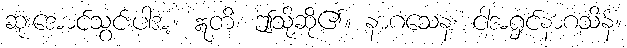
ဆုံးအောင်သွင်းပါအံ့။ ဣတိ၊ ဤသို့ဆို၏။ နာဂသေန၊ ငါ့အရှင်နာဂသိန်။